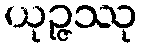
ယုဉ္ဇဿု